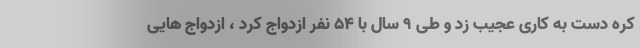
کره دست به کاری عجیب زد و طی 9 سال با 54 نفر ازدواج کرد ، ازدواج هایی